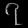
Digit: ၇